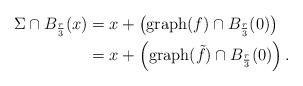
LaTeX: \begin{align*} \Sigma \cap B_{\frac r 3 }(x) &= x + \left( \operatorname{graph}(f) \cap B_{\frac r 3}(0) \right) \\ &= x + \left( \operatorname{graph}(\tilde f) \cap B_{\frac r 3}(0) \right). \end{align*}